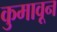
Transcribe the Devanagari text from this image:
कुमावून